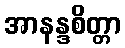
အာနန္ဒစိတ္တာ